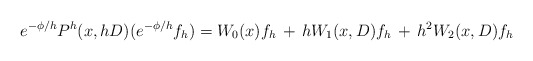
\begin{align*} e^{-\phi /h} P^h(x,hD)(e^{-\phi /h} f_h)=W_0(x) f_h \, +\, hW_1(x,D)f_h\, +\, h^2W_2(x,D)f_h\end{align*}